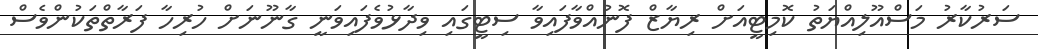
ސަރުކާރު މަސްއޫލިއްޔަތު ކޮމިޓީއަށް ރިޔާޒް ފޮނުއްވާފައިވާ ސިޓީގައި ވިދާޅުވެފައިވަނީ ގާނޫނަށް ހުރިހާ ފަރާތްތަކުންވެސް